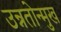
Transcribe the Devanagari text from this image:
उन्नतोन्मुख